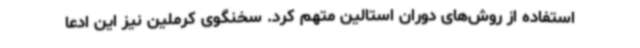
استفاده از روش‌های دوران استالین متهم کرد. سخنگوی کرملین نیز این ادعا